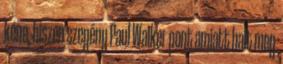
kéne, hiszen szegény Paul Walker pont amiatt halt meg